DOW-UAP-D7, Mission Report, Arabian Gulf, 2020
Agency: Department of War
Page 5
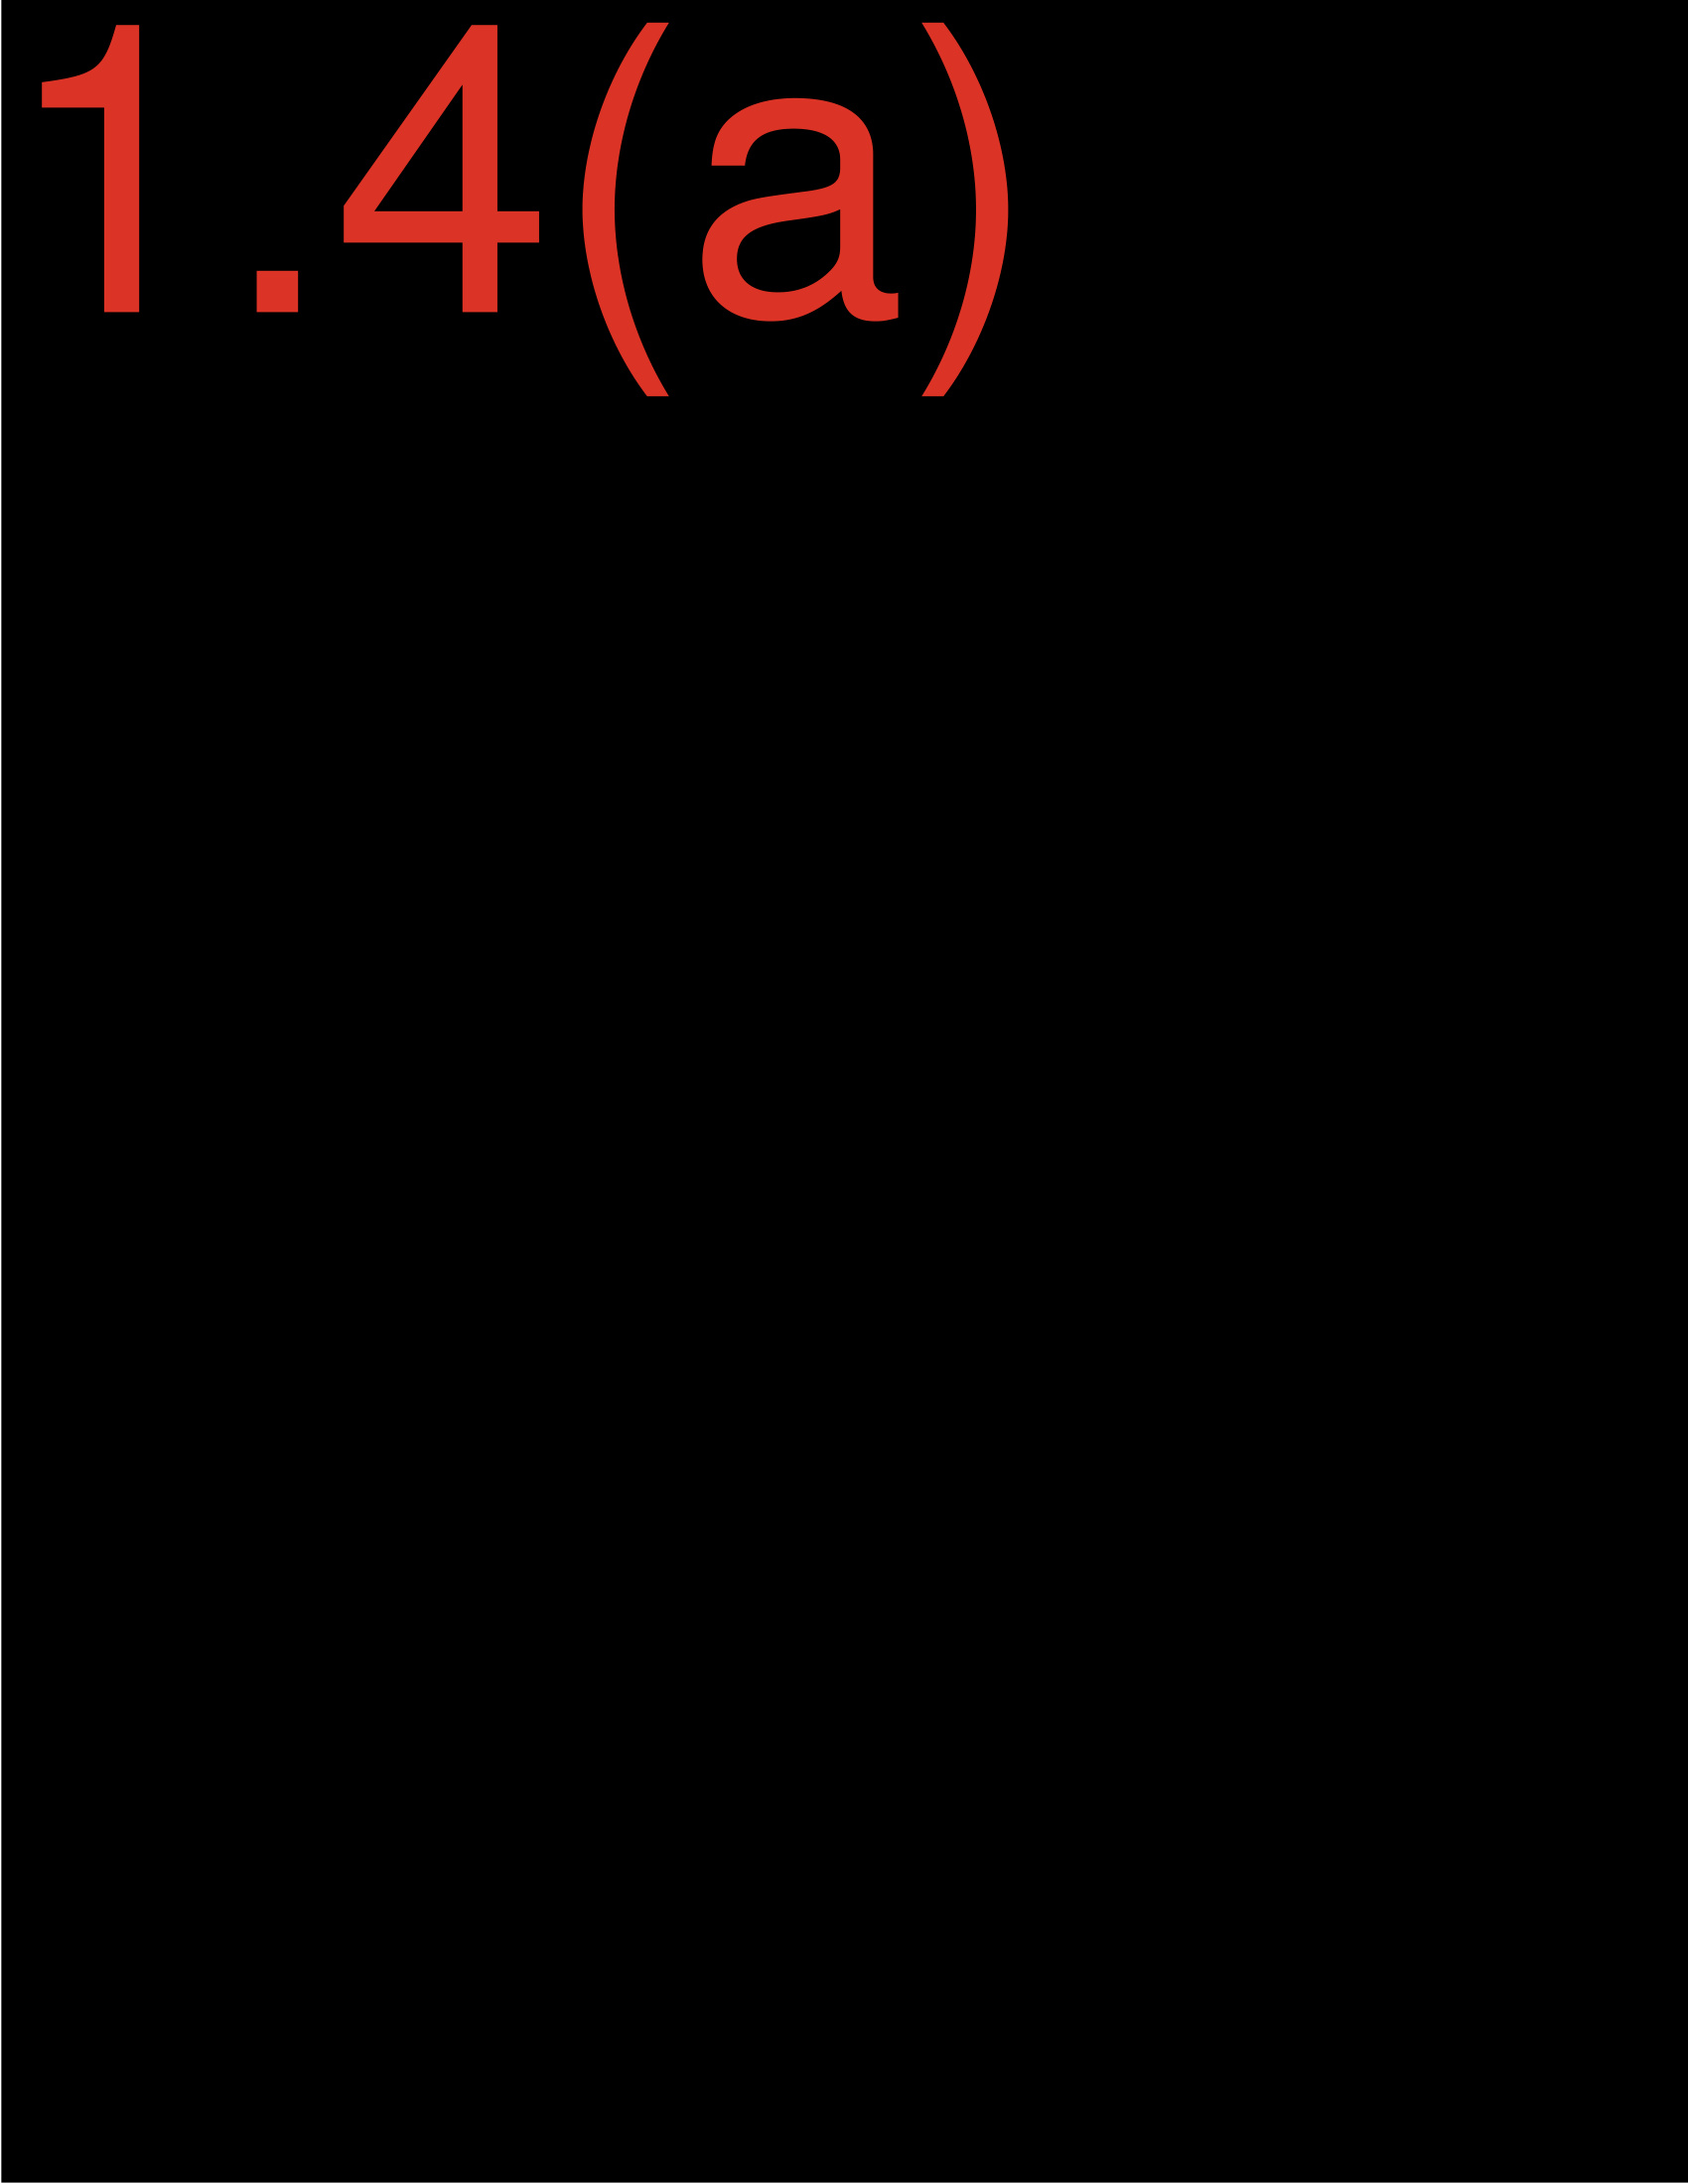